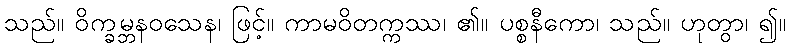
သည်။ ဝိက္ခမ္ဘနဝသေန၊ ဖြင့်။ ကာမဝိတက္ကဿ၊ ၏။ ပစ္စနီကော၊ သည်။ ဟုတွာ၊ ၍။